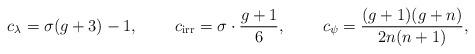
LaTeX: \begin{align*}c_\lambda &= \sigma(g+3)-1, &c_{\rm irr} &= \sigma \cdot \frac{g+1}{6}, &c_\psi &= \frac{(g+1)(g+n)}{2n(n+1)}, \end{align*}